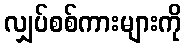
လျှပ်စစ်ကားများကို